Indian journal of veterinary science and animal husbandry - Volume 1,
Year: 1931
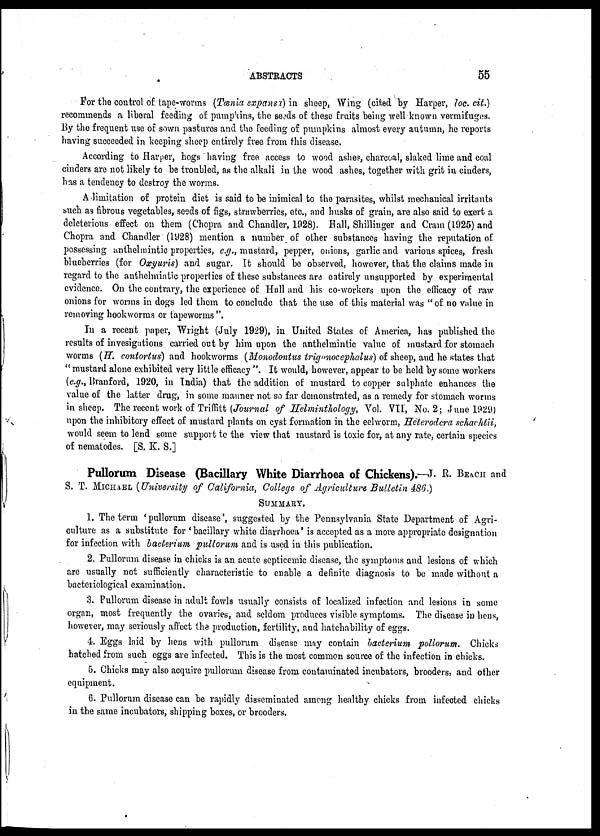
ABSTRACTS 55
For the control of tape-worms (Tænia expansa) in sheep, Wing (cited by Harper, loc. cit.)
recommends a liberal feeding of pumpkins, the seeds of these fruits being well known vermifuges.
By the frequent use of sown pastures and the feeding of pumpkins almost every autumn, he reports
having succeeded in keeping sheep entirely free from this disease.
According to Harper, hogs having free access to wood ashes, charcoal, slaked lime and coal
cinders are not likely to be troubled, as the alkali in the wood ashes, together with grit in cinders,
has a tendency to destroy the worms.
A limitation of protein diet is said to be inimical to the parasites, whilst mechanical irritants
such as fibrous vegetables, seeds of figs, strawberries, etc., and husks of grain, are also said to exert a
deleterious effect on them (Chopra and Chandler, 1928). Hall, Shillinger and Cram (1925) and
Chopra and Chandler (1928) mention a number of other substances having the reputation of
possessing anthelmintic properties, e.g., mustard, pepper, onions, garlic and various spices, fresh
blueberries (for Oxyuris) and sugar. It should be observed, however, that the claims made in
regard to the anthelmintic properties of these substances are catirely unsupported by experimental
evidence. On the contrary, the experience of Hall and his co-workers upon the efficacy of raw
onions for worms in dogs led them to conclude that the use of this material was "of no value in
removing hookworms or tapeworms".
In a recent paper, Wright (July 1929), in United States of America, has published the
results of invesigations carried out by him upon the anthelmintic value of mustard for stomach
worms (H. contortus) and hookworms (Monodontus trigonocephalus) of sheep, and he states that
" mustard alone exhibited very little efficacy ". It would, however, appear to be held by some workers
(e.g., Branford, 1920, in India) that the addition of mustard to copper sulphate enhances the
value of the latter drug, in some manner not so far demonstrated, as a remedy for stomach worms
in sheep. The recent work of Triffitt (Journal of Helminthology, Vol. VII, No. 2 ; June 1929)
upon the inhibitory effect of mustard plants on cyst formation in the eelworm, Hèterodera schachtii,
would seem to lend some support to the view that mustard is toxic for, at any rate, certain species
of nematodes. [S. K. S.]
Pullorum Disease (Bacillary White Diarrhoea of Chickens).—J. R. BEACH and
S. T. MICHAEL (University of California, College of Agriculture Bulletin 486.)
SUMMARY.
1. The term 'pullorum disease', suggested by the Pennsylvania State Department of Agri-
culture as a substitute for 'bacillary white diarrhoea' is accepted as a more appropriate designation
for infection with bacterium pullorum and is used in this publication.
2. Pullorum disease in chicks is an acute septicemic disease, the symptoms and lesions of which
are usually not sufficiently characteristic to enable a definite diagnosis to be made without a
bacteriological examination.
3. Pullorum disease in adult fowls usually consists of localized infection and lesions in some
organ, most frequently the ovaries, and seldom produces visible symptoms. The disease in hens,
however, may seriously affect the production, fertility, and hatchability of eggs.
4. Eggs laid by hens with pullorum disease may contain bacterium pollorum. Chicks
hatched from such eggs are infected. This is the most common source of the infection in chicks.
5. Chicks may also acquire pullorum disease from contaminated incubators, brooders, and other
equipment.
6. Pullorum disease can be rapidly disseminated among healthy chicks from infected chicks
in the same incubators, shipping boxes, or brooders.